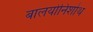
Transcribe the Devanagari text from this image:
बालयोनिशोथ